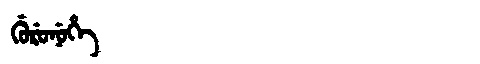
Manchu: ᡤᡠᡵᡠᠨᡠᡥᡝ
Romanization: GURUNUHE